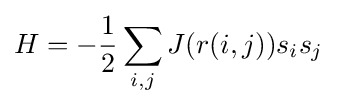
H=-{\frac {1}{2}}\sum _{i,j}J(r(i,j))s_{i}s_{j}